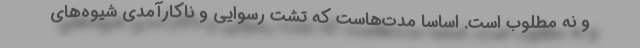
و نه مطلوب است. اساساً مدت‌هاست که تشت رسوایی و ناکارآمدی شیوه‌های